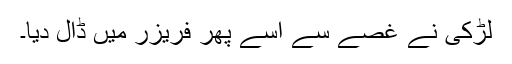
لڑکی نے غصے سے اسے پھر فریزر میں ڈال دیا۔